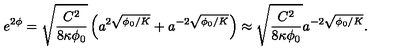
e ^ { 2 \phi } = \sqrt { \frac { C ^ { 2 } } { 8 \kappa \phi _ { 0 } } } \left( a ^ { 2 \sqrt { \phi _ { 0 } / K } } + a ^ { - 2 \sqrt { \phi _ { 0 } / K } } \right) \approx \sqrt { \frac { C ^ { 2 } } { 8 \kappa \phi _ { 0 } } } a ^ { - 2 \sqrt { \phi _ { 0 } / K } } .